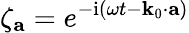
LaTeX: \zeta_{\mathbf{a}}=e^{-\mathrm{i}(\omega t-\mathbf{k}_{0}\cdot\mathbf{a})}